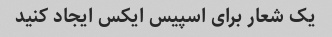
یک شعار برای اسپیس ایکس ایجاد کنید